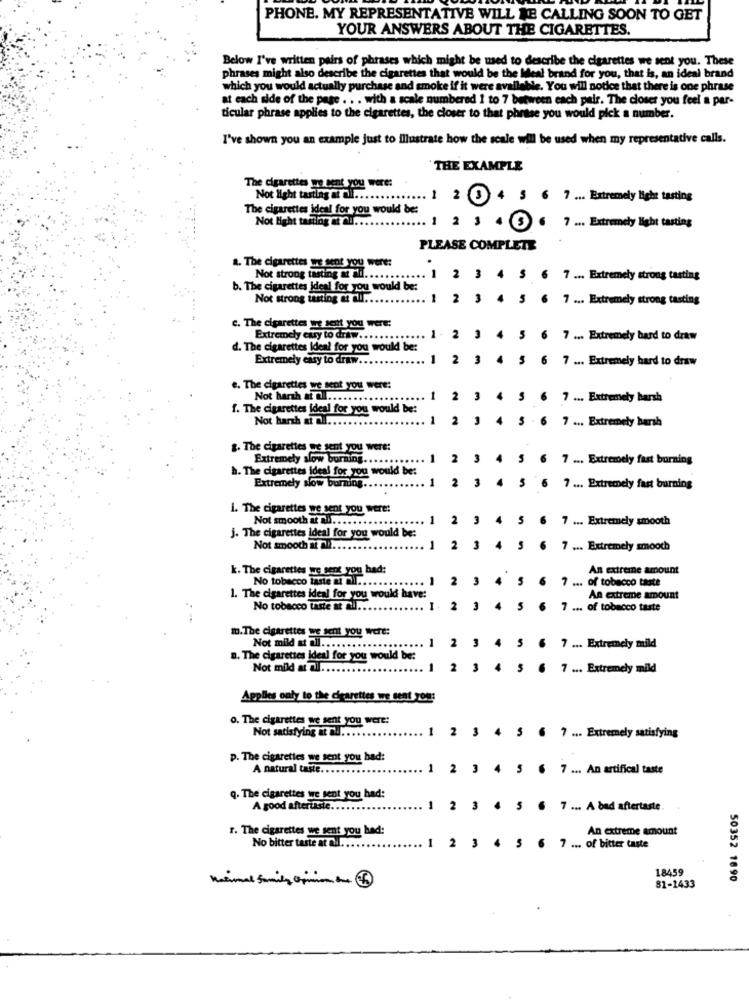
PHONE. MY REPRESENTATIVE WILL BE CALLING SOON TO GET
YOUR ANSWERS ABOUT THE CIGARETTES.
Below I've written pairs of phrases which might be used to describe the cigarettes we sent you. These
phrases might also describe the cigarettes that would be the Meal brand for you, that is, an ideal brand
which you would actually purchase and smoke if it were available. You will notice that there is one phrase
at each side of the page . . . with a scale numbered 1 to 7 between each peir. The closer you feel a par-
ticular phrase applies to the cigarettes, the closer to that phrase you would pick a number.
I've shown you an example just to illustrate how the scale will be used when my representative calls.
`THE EXAMPLE
The cigarettes we bent you were:
Not light tasting at all ...
..... 1 2 3 4 5 6 7 ... Extremely light tasting
The cigarettes ideal for you would be:
Not light tasting et Qu ....
1 2 3 4 5 6 7 ... Extremely light tasting
PLEASE COMPLETE
a. The cigarettes we sent you were:
Not strong tasting at ill ....
... 1 2 3 4 5 6 7 ... Extremely strong tasting
b. The cigarettes ideal for you would be:
Not strong tasting at all ..
2 3
4 5 6 7 ... Extremely strong tasting
c. The cigarettes we sent you were:
Extremely eury to draw .......
1 . 2 3 4 5 6 7 ... Extremely hard to draw
d. The cigarettes Ideal for you would be:
Extremely easy to draw ..
1
2 3 4 5 6 7 ... Extremely hard to draw
e. The cigarettes we sent you were:
Not harsh at ....................
1
2 3 4 5 6 7 ... Extremely barsh
1. The cigarettes ideal for you would be:
Not harsh af 1 ..
1
2 3 4
S . 6 7 ... Extremely harsh
2. The cigarettes se sent you were:
Extremely slow borning ............
2 3 4 5 6 7 ... Extremely fast burning
h. The cigarettes ideal for you would be:
Extremely slow burning ...
1
2 3 4
5 6 7 ... Extremely fast burning
i. The cigarettes we sent you were:
Not smooth at ...........
.....
1 2 3 4 5 6
7 ... Extremely smooth
j. The cigarettes Ideal for you would be:
Not smooth at ai ..
2 3 4 5 6 7 ... Extremely smooch
k. The cigarettes we sent you had:
An extreme amount
No tobacco taste at mi .....
......
... 1
2 3 4 5 6 7 ... of tobacco taste
1. The cigarettes ideal for you would have:
An extreme amount
No tobacco taste at ai ....
1. 2
4
5 6 7 ... of tobacco taste
m.The cigarettes we sent you were:
Not mild at all ....
.........
2
3 4 5
.............
6 7 ... Extremely mild
n. The cigarettes ideal for you would be:
Not mild at all ..
2
4 5
7 ... Extremely mild
Applies only to the cigarettes we sent you:
o. The cigarettes we sent you were:
Not satisfying at au ....
1
2 3 4 5 6 7 ... Extremely satisfying
p. The cigarettes we sent you had:
A natural taste ....
1
2 3 4 5 6 7 ... An artifical taste
q. The cigarettes we sent you had:
A good aftertaste ......
1
2 3 4 5
6 7 ... A bad aftertaste
An extreme amount
r. The cigarettes we sent you had:
No bitter taste at all ..
1
2
3 4 5 6 7 ... of bitter taste
18459
niemal family Opinion the
50352 1690
81-1433